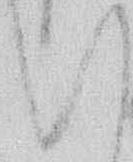
い